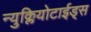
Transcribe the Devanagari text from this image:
न्युक्लियोटाईड्स